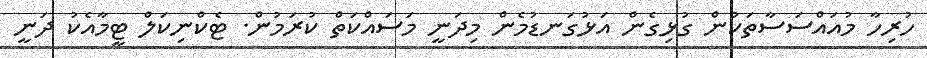
ހުރިހާ މުއައްސަސާތަކުން ގުޅިގެން އަޅުގަނޑުމެން މިދަނީ މަސައްކަތް ކުރަމުން. ޓެކްނިކަލް ޓީމާއެކު ދަނީ